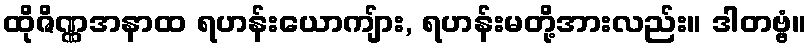
ထိုဇိဏ္ဏအနာထ ရဟန်းယောကျ်ား, ရဟန်းမတို့အားလည်း။ ဒါတဗ္ဗံ။